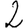
Digit: 2